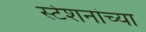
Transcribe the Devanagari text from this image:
स्टेशनांच्या